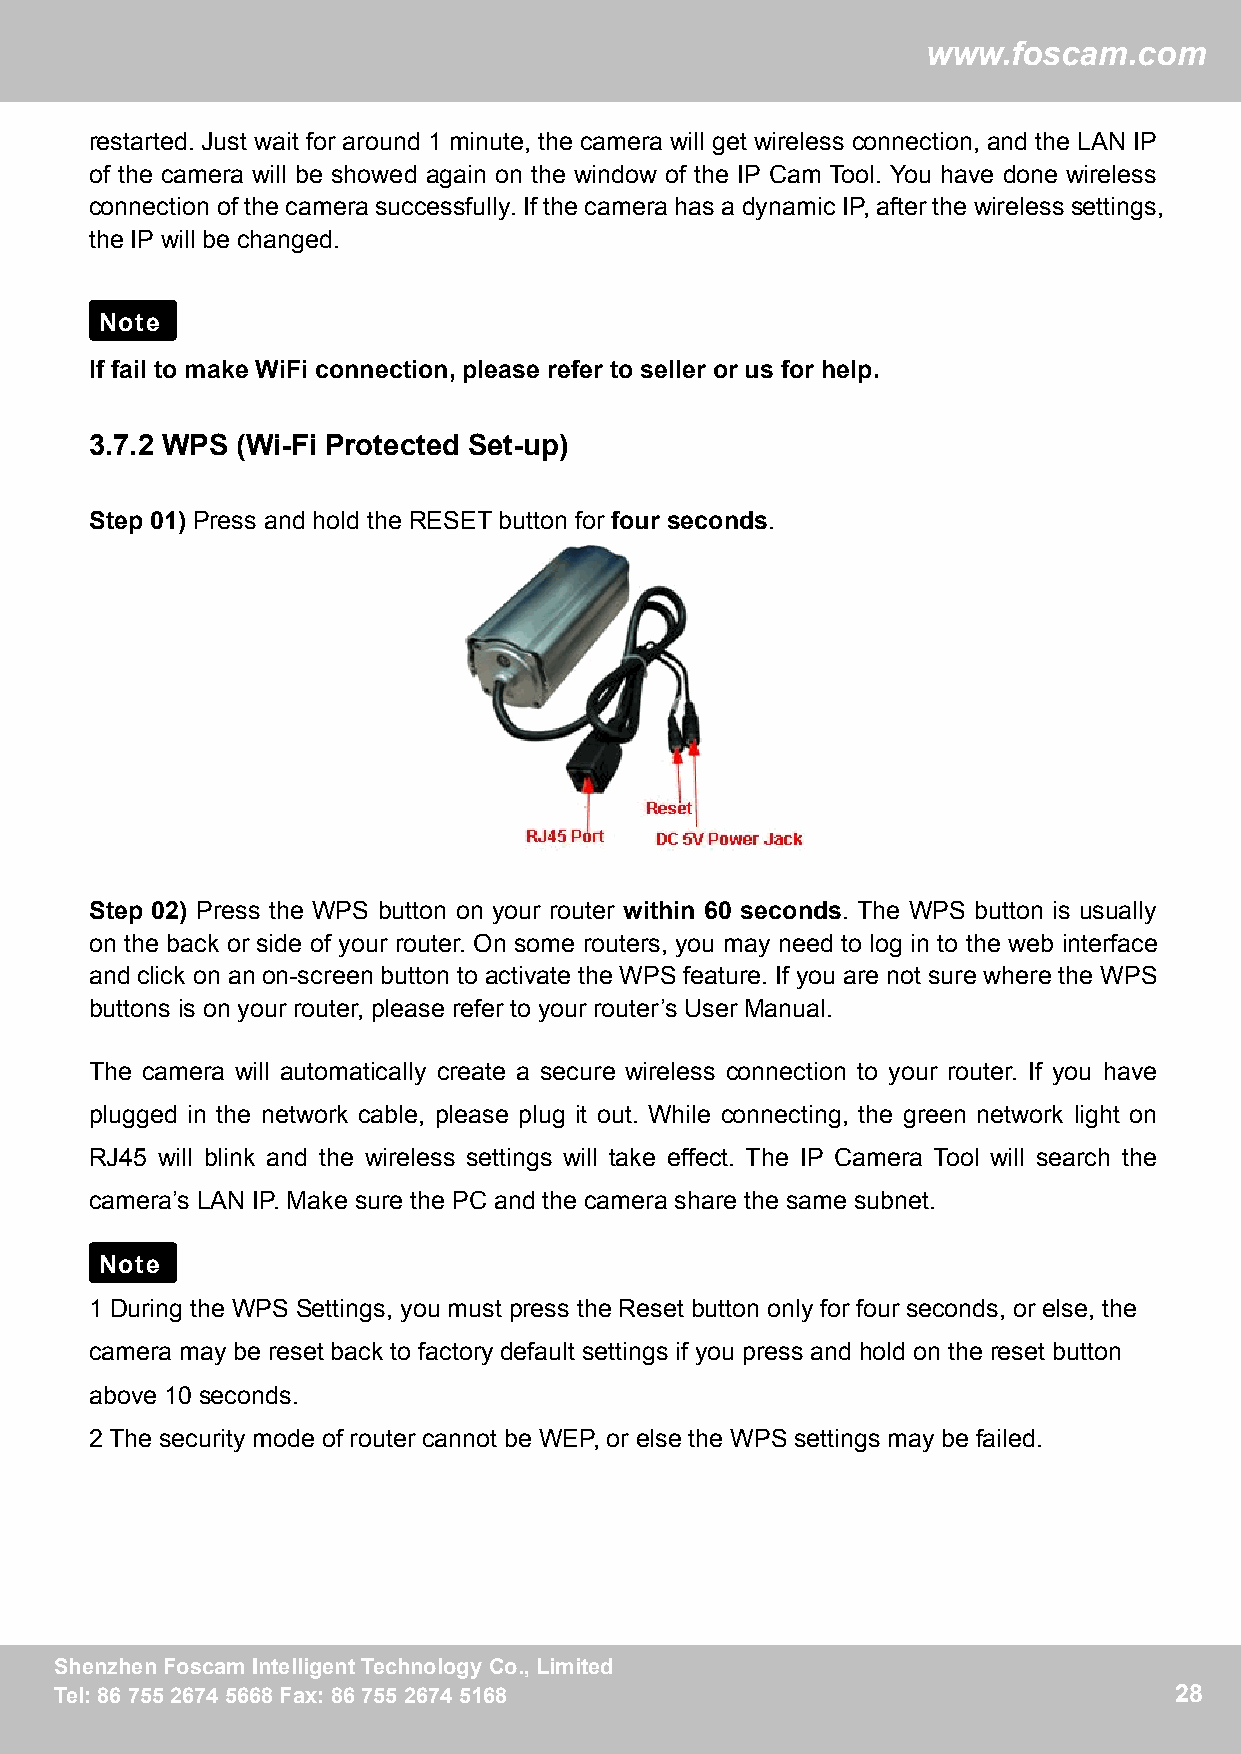
ww
 wwwwww..ffoossccaamm..ccoomm
 restarted. Just wait for around 1 minute, the camera will get wireless connection, and the LAN IP
 of the camera will be showed again on the window of the IP Cam Tool. You have done wireless
 connection of the camera successfully.If the camera has a dynamic IP,after the wireless settings,
 the IP will be changed.
 Note
 If fail to make WiFi connection, please refer to seller or us for help.
 3.7.2 WPS (Wi-Fi Protected Set-up)
 Step 01) Press and hold the RESET button for four seconds.
 Step 02) Press the WPS button on your router within 60 seconds. The WPS button is usually
 on the back or side of your router. On some routers, you may need to log in to the web interface
 and click on an on-screen button to activate the WPS feature. If you are not sure where the WPS
 buttons is on your router, please refer to your router’s User Manual.
 The camera will automatically create a secure wireless connection to your router. If you have
 plugged in the network cable, please plug it out. While connecting, the green network light on
 RJ45 will blink and the wireless settings will take effect. The IP Camera Tool will search the
 camera’s LAN IP. Make sure the PC and the camera share the same subnet.
 Note
 1 During the WPS Settings, you must press the Reset button only for four seconds, or else, the
 camera may be reset back to factory default settings if you press and hold on the reset button
 above 10 seconds.
 2 The security mode of router cannot be WEP, or else the WPS settings may be failed.
 SShheennzzhheennFFoossccaammIInntteelllliiggeennttTTeecchhnnoollooggyyCCoo..,,LLiimmiitteedd 28
 TTeell::88667755552266774455666688FFaaxx::88667755552266774455116688      28